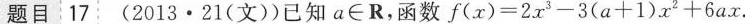
题目17(2013·21(文))已知a∈R，函数$$f ( x ) = 2 x ^ { 3 } -3 ( a + 1 ) x ^ { 2 } + 6 a x$$.